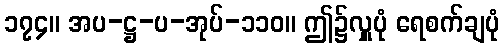
၁၇၄။ အပ-ဋ္ဌ-ပ-အုပ်-၁၁၀။ ဤ၌လှူပုံ ရေစက်ချပုံ